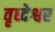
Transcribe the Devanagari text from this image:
वृध्देश्वर